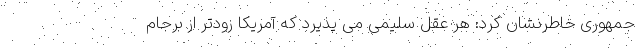
جمهوری خاطرنشان کرد: هر عقل سلیمی می پذیرد که آمریکا زودتر از برجام